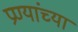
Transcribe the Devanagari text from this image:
प्रण्यांच्या